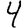
Digit: 4